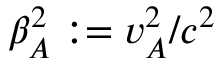
\beta _ { A } ^ { 2 } : = v _ { A } ^ { 2 } / c ^ { 2 }